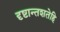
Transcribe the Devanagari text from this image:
दृष्टान्तशतेहि